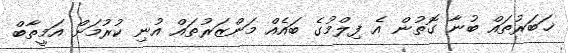
ޚަބަރުތައް ބުނާ ގޮތުން އެ ފިލްމުގެ ބައެއް މަންޒަރުތައް އުނި ކުރުމަށް އަމީތާބް